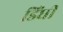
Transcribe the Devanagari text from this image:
डिंघी